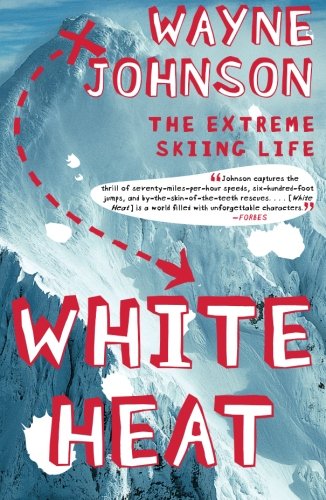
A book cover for White Heat: The Extreme Skiing Life; Wayne Johnson; Sports & Outdoors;